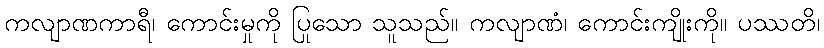
ကလျာဏကာရီ၊ ကောင်းမှုကို ပြုသော သူသည်။ ကလျာဏံ၊ ကောင်းကျိုးကို။ ပဿတိ၊